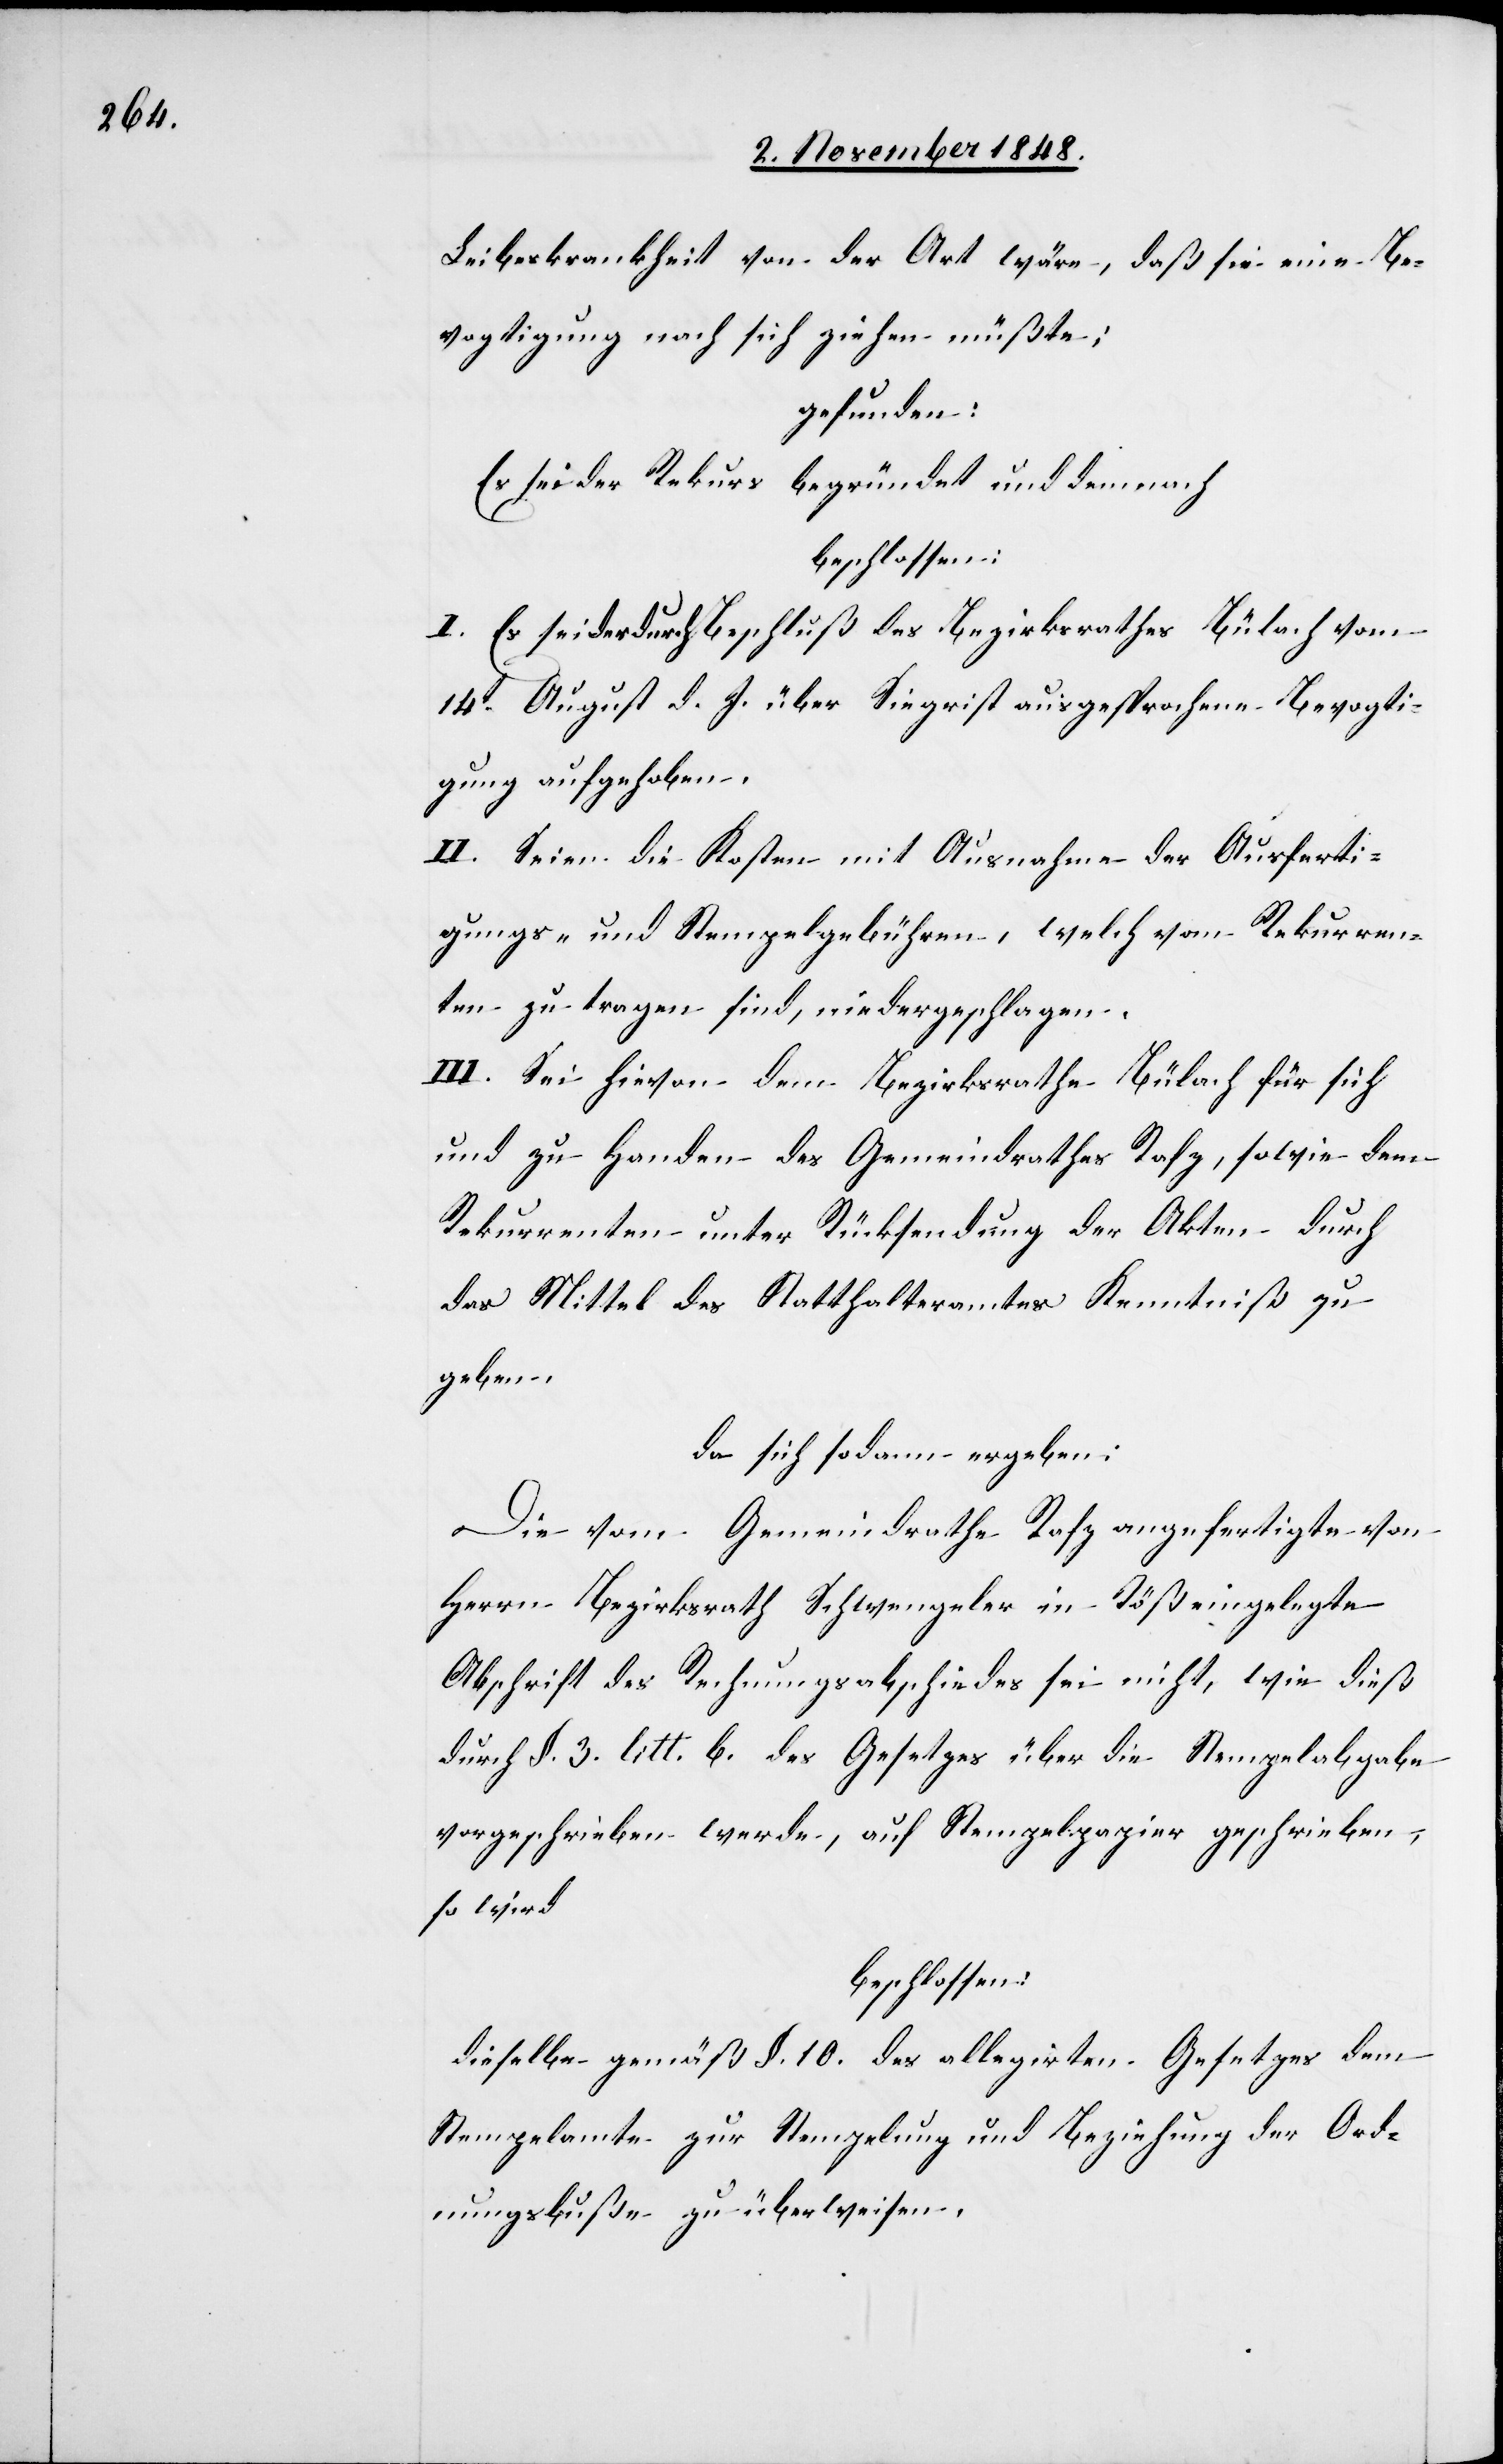
Leibeskrankheit von der Art wäre, daß sie eine Be¬
vogtigung nach sich ziehen müßte,
gefunden:
Es sei der Rekurs begründet und demnach
beschlossen:
I. Es sei der durch Beschluß des Bezirksrathes Bülach vom
14t August d. J. über Siegrist ausgesprochene Bevogti¬
gung aufgehoben.
II. Seien die Kosten mit Ausnahme der Ausferti¬
gungs- und Stempelgebühren, welch[e] vom Rekurren¬
ten zu tragen sind, niedergeschlagen.
III. Sei hievon dem Bezirksrathe Bülach für sich
und zu Handen des Gemeindrathes Rafz, sowie dem
Rekurrenten unter Rücksendung der Akten durch
das Mittel des Statthalteramtes Kenntniß zu
geben,
da sich sodann ergeben:
Die vom Gemeindrathe Rafz angefertigte von
Herrn Bezirksrath Schwengeler in Töß eingelegte
Abschrift des Rechnungsabschiedes sei nicht, wie dieß
durch §. 3. litt. b. des Gesetzes über die Stempelabgabe
vorgeschrieben werde, auf Stempelpapier geschrieben,
so wird
beschlossen:
dieselbe gemäß §. 10. des allegirten Gesetzes dem
Stempelamte zur Stempelung und Beziehung der Od¬
nungsbuße zu überweisen.